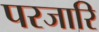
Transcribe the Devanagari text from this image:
परजारि